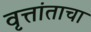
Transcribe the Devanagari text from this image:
वृत्तांताचा